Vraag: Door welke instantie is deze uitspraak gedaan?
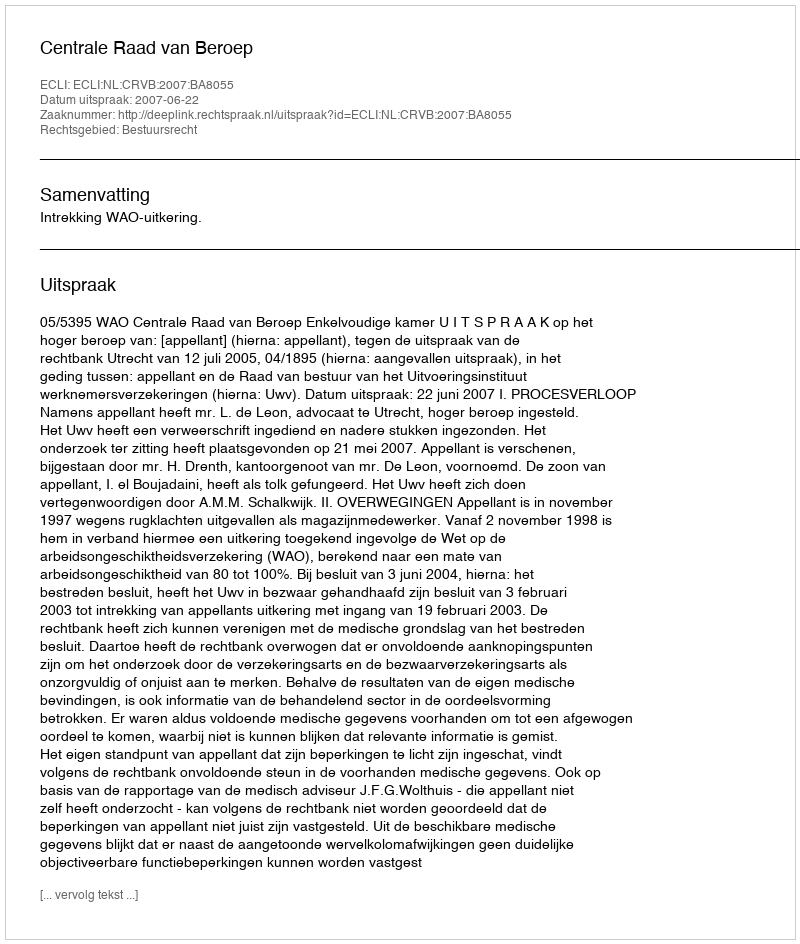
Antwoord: Centrale Raad van Beroep